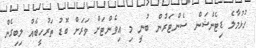
ހުޅުމާލެ ޑިޓެންޝަން ސެންޓަރުން ބުނީ މި އިވެންޓަށް ވަރަށް ބޮޑު ތަރުހީބެއް ލިބިގެން